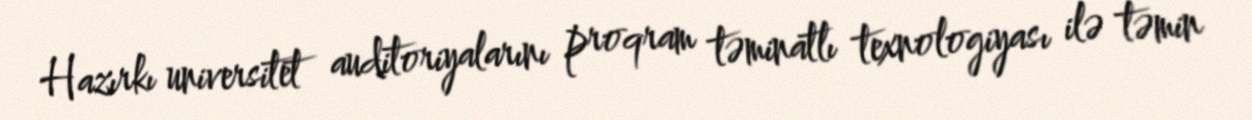
Hazırkı universitet auditoriyalarını proqram təminatlı texnologiyası ilə təmin